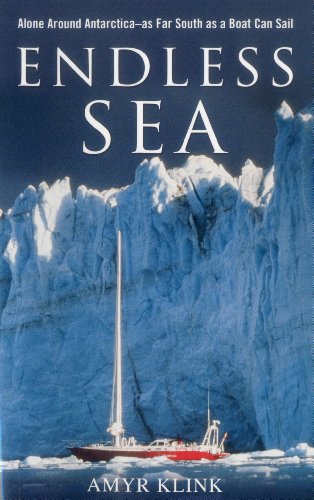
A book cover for Endless Sea: Alone around Antarctica--As Far South as a Boat Can Sail; Amyr Klink; Travel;